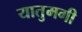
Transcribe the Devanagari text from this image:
यातुमगी